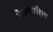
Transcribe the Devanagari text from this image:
लेखनसाहित्य